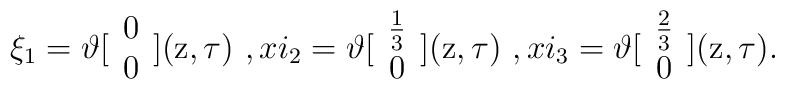
\xi_1 = \vartheta [ \begin{array}{c} 0 \\ 0\end{array} ] ( {\rm z} , \tau ) \ , \\xi_2 = \vartheta [ \begin{array}{c} \frac{1}{3} \\ 0\end{array} ] ( {\rm z} , \tau ) \ , \\xi_3 = \vartheta [ \begin{array}{c} \frac{2}{3} \\ 0\end{array} ] ( {\rm z} , \tau )   .